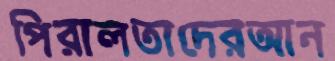
পিরালতাদেরআন